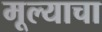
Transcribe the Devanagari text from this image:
मूल्याचा